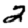
Digit: 2